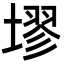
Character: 𪤗